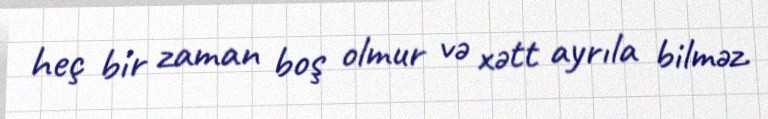
heç bir zaman boş olmur və xətt ayrıla bilməz.